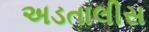
અડતાલીસ